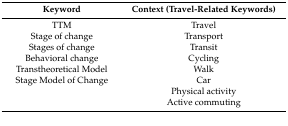
| Keyword | Context (Travel-Related Keywords) |
 | --- | --- |
 | TTM | Travel |
 | Stage of change | Transport |
 | Stages of change | Transit |
 | Behavioral change | Cycling |
 | Transtheoretical Model | Walk |
 | Stage Model of Change | Car |
 |  | Physical activity |
 |  | Active commuting |